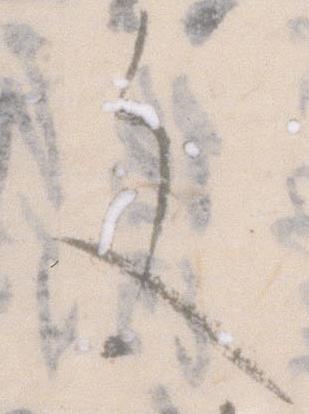
文